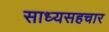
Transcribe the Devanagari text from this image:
साध्यसहचार